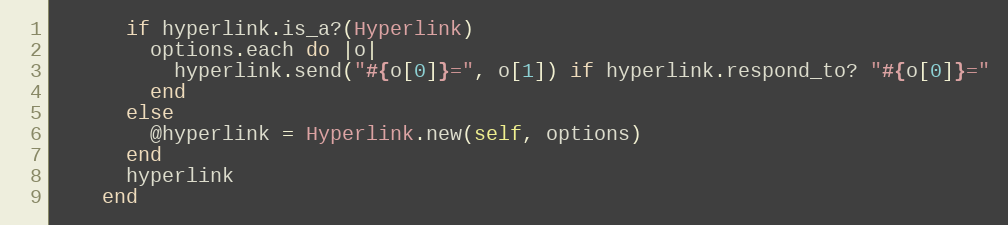
Language: Ruby
      if hyperlink.is_a?(Hyperlink)
        options.each do |o|
          hyperlink.send("#{o[0]}=", o[1]) if hyperlink.respond_to? "#{o[0]}="
        end
      else
        @hyperlink = Hyperlink.new(self, options)
      end
      hyperlink
    end